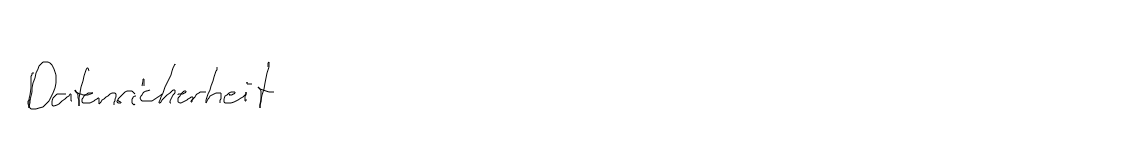
Datensicherheit